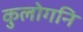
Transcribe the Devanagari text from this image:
कुलोगनि